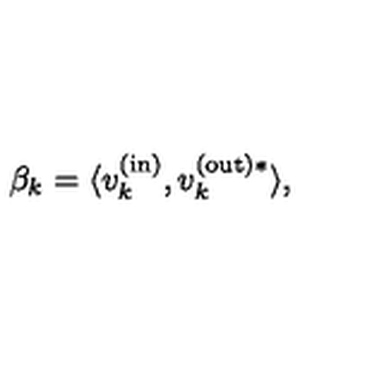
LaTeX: \beta _ { k } = \langle v _ { k } ^ { \mathrm { ( i n ) } } , v _ { k } ^ { \mathrm { ( o u t ) * } } \rangle ,